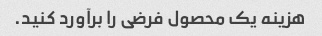
هزینه یک محصول فرضی را برآورد کنید.